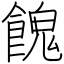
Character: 餽